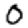
Digit: 0